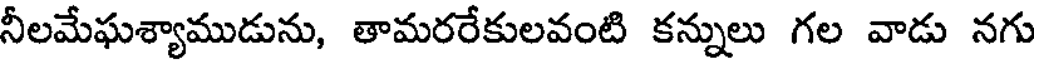
నీలమేఘశ్యాముడును, తామరరేకులవంటి కన్నులు గల వాడు నగు